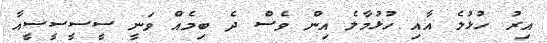
އިރު ހުޅުލެ އާއި ހުޅުމާލެ އިން ވެސް ދެ ބިމެއް ވަނީ ސީސީސީސީއާ